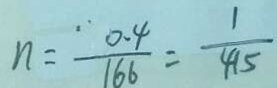
n = \frac { 0 . 4 } { 1 6 6 } = \frac { 1 } { 4 1 5 }